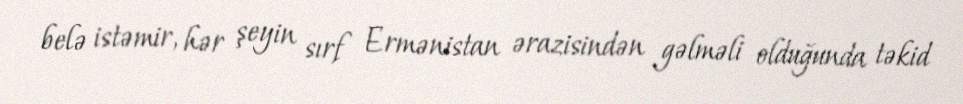
belə istəmir, hər şeyin sırf Ermənistan ərazisindən gəlməli olduğunda təkid